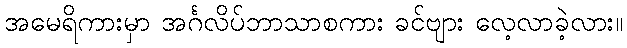
အမေရိကားမှာ အင်္ဂလိပ်ဘာသာစကား ခင်ဗျား လေ့လာခဲ့လား။